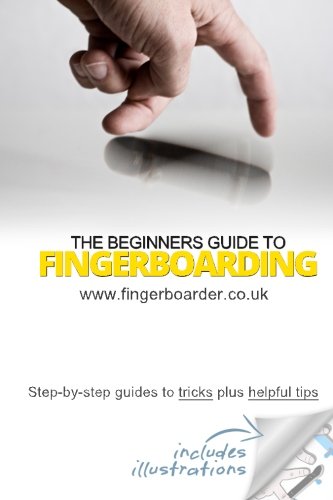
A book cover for The Beginners Guide to Fingerboarding- Tricks & Tips: Fingerboarding tricks tutorials and tips for beginners; Danial Sleeve; Sports & Outdoors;